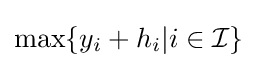
\max\{y_{i}+h_{i}|i\in {\mathcal {I}}\}